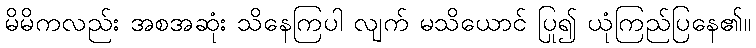
မိမိကလည်း အစအဆုံး သိနေကြပါ လျက် မသိယောင် ပြု၍ ယုံကြည်ပြနေ၏။